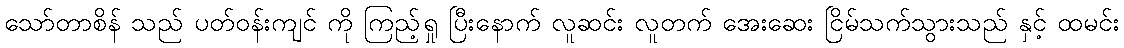
သော်တာစိန် သည် ပတ်ဝန်းကျင် ကို ကြည့်ရှု ပြီးနောက် လူဆင်း လူတက် အေးဆေး ငြိမ်သက်သွားသည် နှင့် ထမင်း